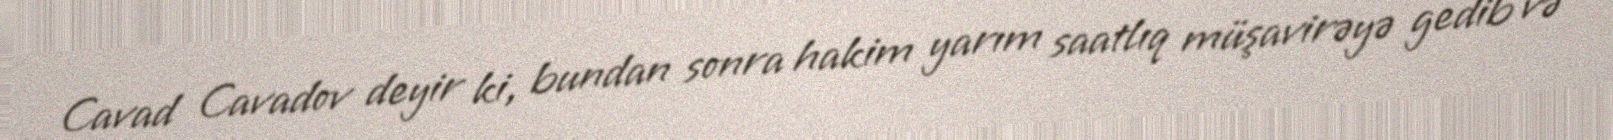
Cavad Cavadov deyir ki, bundan sonra hakim yarım saatlıq müşavirəyə gedib və